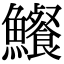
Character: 𩽐